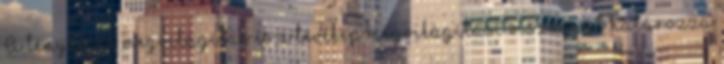
A tényleges megvilágítás és a tévékép megvilágítási viszonyát határozza